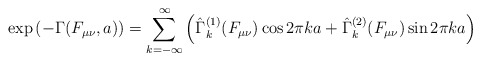
\begin{align*}\exp\left( -\Gamma(F_{\mu\nu},a)\right)=\sum_{k=-\infty}^{\infty}\left(\hat\Gamma^{(1)}_k (F_{\mu\nu})\cos2\pi k a+\hat\Gamma^{(2)}_k(F_{\mu\nu})\sin 2\pi k a \right)\end{align*}